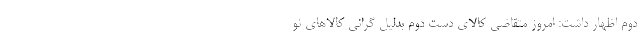
دوم اظهار داشت:‌ امروز متقاضی کالای دست دوم بدلیل گرانی کالاهای نو